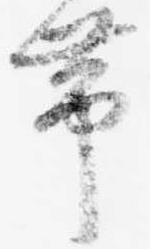
帯